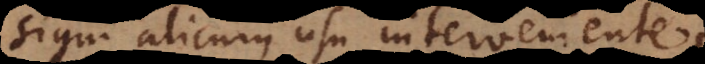
signi alicujus usu interveniente